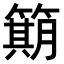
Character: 𫂣